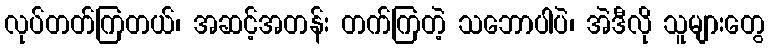
လုပ်တတ်ကြတယ်၊ အဆင့်အတန်း တက်ကြတဲ့ သဘောပါပဲ၊ အဲဒီလို သူများတွေ